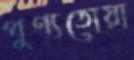
পুণ্যতোয়া